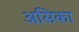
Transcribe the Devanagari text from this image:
असिका